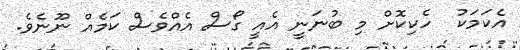
އެކަމަކު  ހެކިކޮށް މި ބުނަނީ އެއީ ގޯސް އެއްވެސް ކަމެއް ނޫނެވެ.